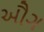
ઔગ